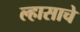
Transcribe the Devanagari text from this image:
ल्हासाचे